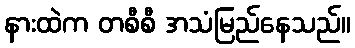
နားထဲက တစီစီ အသံမြည်နေသည်။